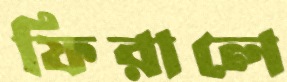
ফিরালে